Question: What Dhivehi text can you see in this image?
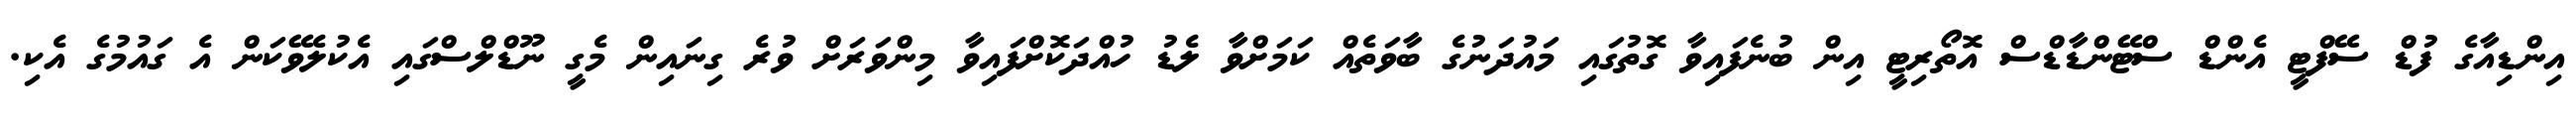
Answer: އިންޑިއާގެ ފުޑް ސޭފްޓީ އެންޑް ސްޓޭންޑާޑްސް އޮތޯރިޓީ އިން ބުނެފައިވާ ގޮތުގައި މައުދަނުގެ ބާވަތެއް ކަމަށްވާ ލެޑު ހުއްދަކޮށްފައިވާ މިންވަރަށް ވުރެ ގިނައިން މެގީ ނޫޑްލްސްގައި އެކުލެވޭކަން އެ ގައުމުގެ އެކި.